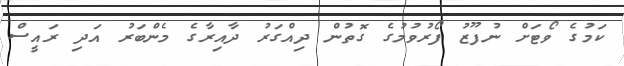
ކަމުގެ ވޯޓަށް ނުފޫޒު ފޯރުވުމުގެ ގޮތުން ދިއްގަރު ދާއިރާގެ މެންބަރު އަދި ރައީސް